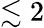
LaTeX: \lesssim 2